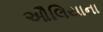
ઔલિયાના